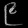
Digit: ၉